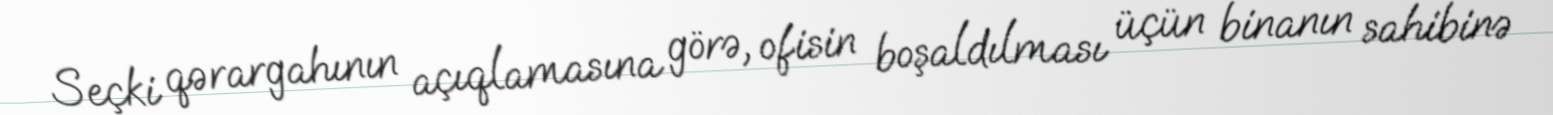
Seçki qərargahının açıqlamasına görə, ofisin boşaldılması üçün binanın sahibinə